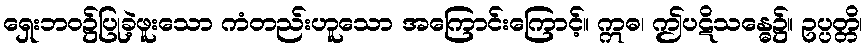
ရှေးဘဝ၌ပြုခဲ့ဖူးသော ကံတည်းဟူသော အကြောင်းကြောင့်။ ဣဓ၊ ဤပဋိသန္ဓေ၌။ ဥပ္ပတ္တိ၊